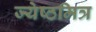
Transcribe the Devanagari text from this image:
ज्येष्ठमित्र